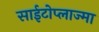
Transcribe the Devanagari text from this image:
साईटोप्लाज्मा